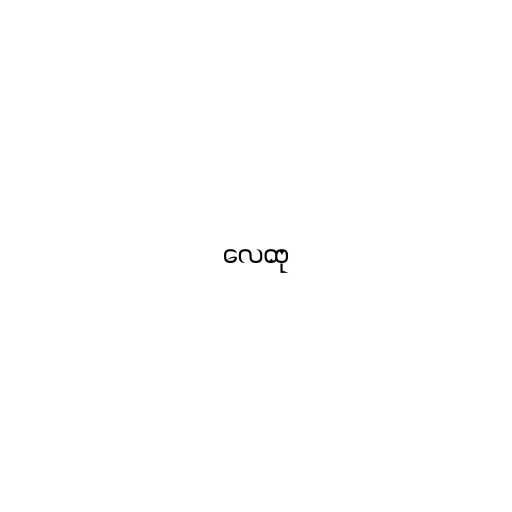
လေထု